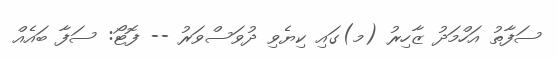
ސަފާތު އަހްމަދު ޒާހިރު (މ)ގައި ކިޔެވި ދުވަސްވަރު -- ފޮޓޯ: ސަފާ ބައެއް